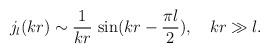
LaTeX: \begin{align*}j_l(kr)\sim\frac{1}{kr}\,\sin(kr-\frac{\pi l}{2}),\quad kr\gg l.\end{align*}